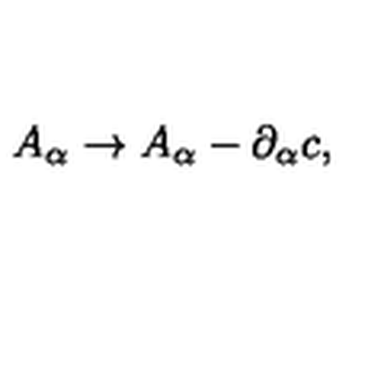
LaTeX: A _ { \alpha } \rightarrow A _ { \alpha } - \partial _ { \alpha } c ,